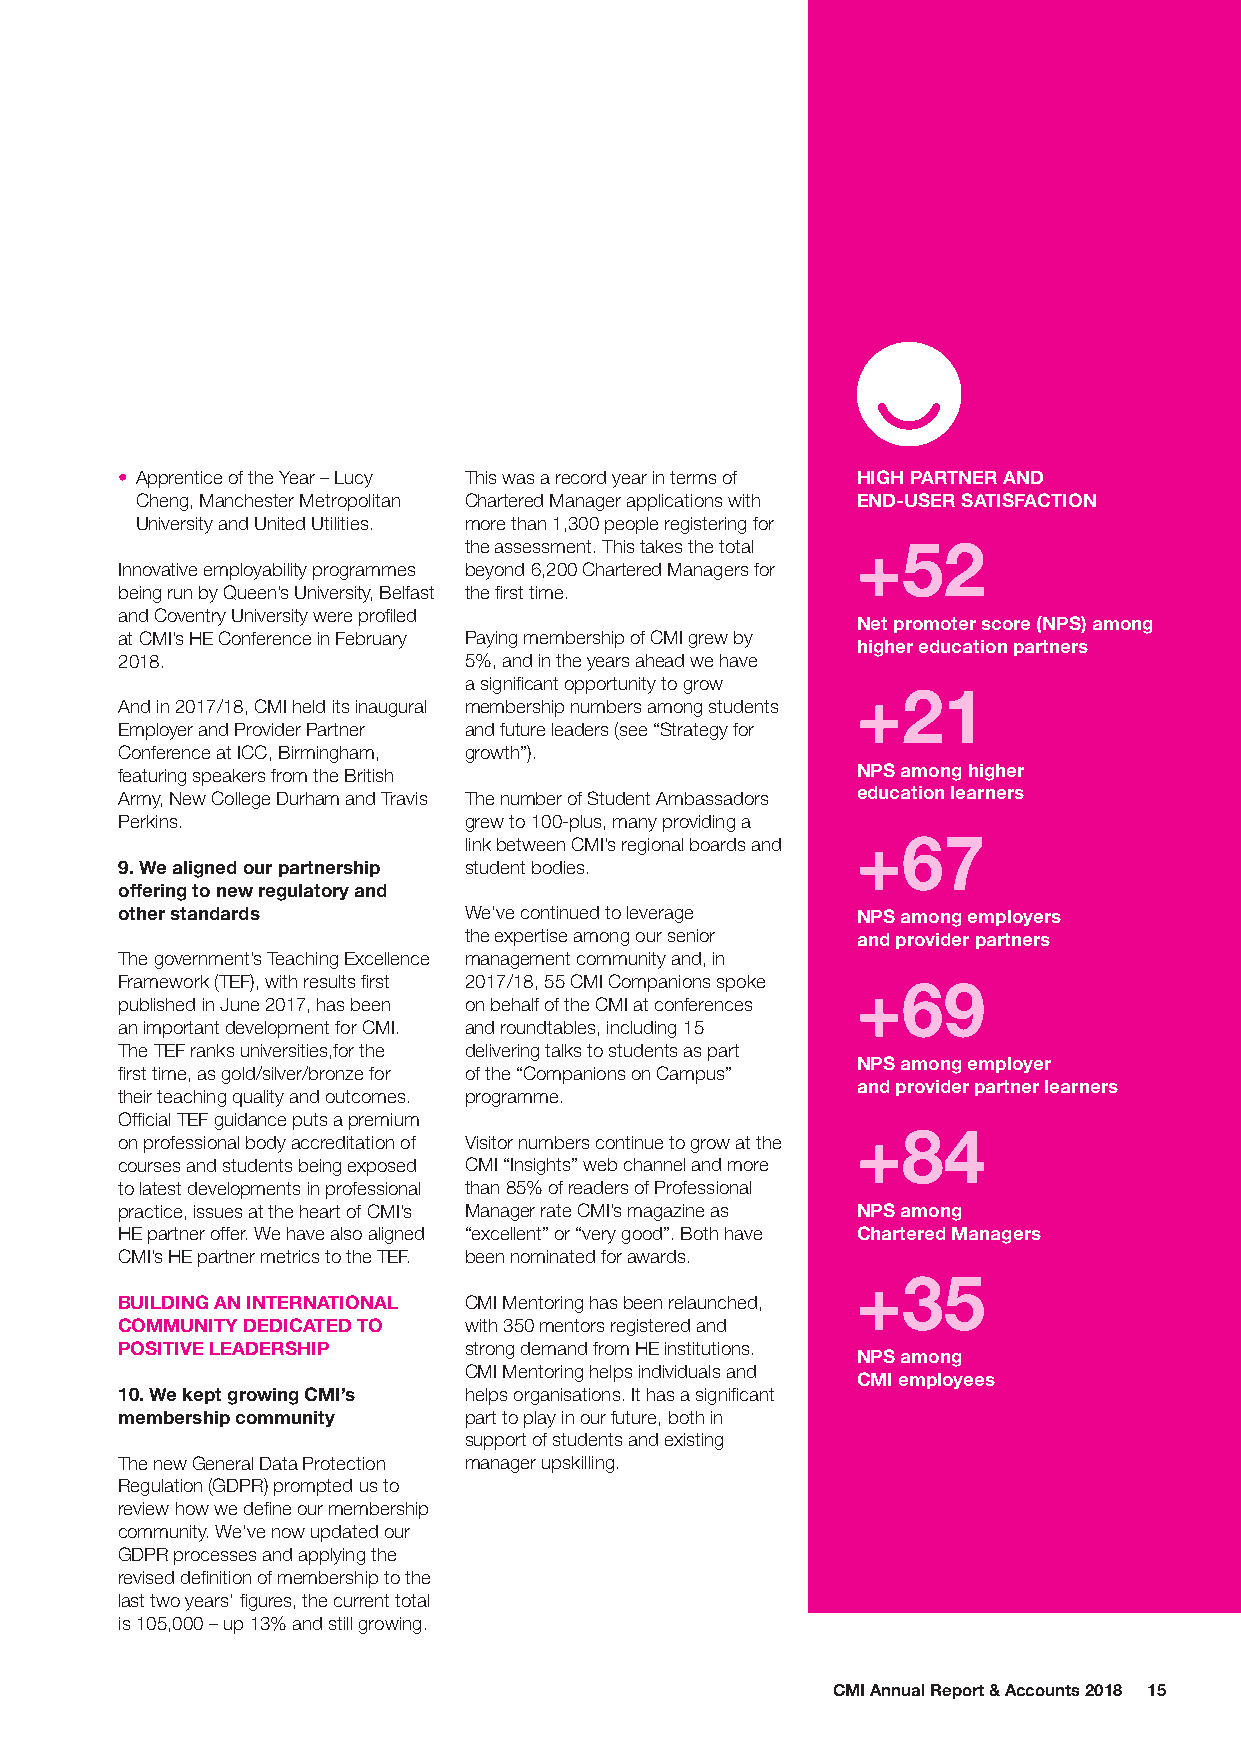
• Apprentice of the Year – Lucy This was a record year in terms of HIGH PARTNER AND
 Cheng, Manchester Metropolitan Chartered Manager applications with END-USER SATISFACTION
 University and United Utilities. more than 1,300 people registering for
 the assessment. This takes the total +52
 Innovative employability programmes beyond 6,200 Chartered Managers for
 being run by Queen’s University, Belfast the first time.
 and Coventry University were profiled
 Net promoter score (NPS) among
 at CMI’s HE Conference in February Paying membership of CMI grew by
 higher education partners
 2018.                  5%, and in the years ahead we have
 a significant opportunity to grow
 +21
 And in 2017/18, CMI held its inaugural membership numbers among students
 Employer and Provider Partner and future leaders (see “Strategy for
 Conference at ICC, Birmingham, growth”).
 featuring speakers from the British              NPS among higher
 Army, New College Durham and Travis The number of Student Ambassadors education learners
 Perkins.               grew to 100-plus, many providing a
 link between CMI’s regional boards and +67
 9. We aligned our partnership student bodies.
 offering to new regulatory and
 other standards        We’ve continued to leverage NPS among employers
 the expertise among our senior and provider partners
 The government’s Teaching Excellence management community and, in
 Framework (TEF), with results first 2017/18, 55 CMI Companions spoke +69
 published in June 2017, has been on behalf of the CMI at conferences
 an important development for CMI. and roundtables, including 15
 The TEF ranks universities,for the delivering talks to students as part
 NPS among employer
 first time, as gold/silver/bronze for of the “Companions on Campus”
 and provider partner learners
 their teaching quality and outcomes. programme.
 Official TEF guidance puts a premium
 +84
 on professional body accreditation of Visitor numbers continue to grow at the
 courses and students being exposed CMI “Insights” web channel and more
 to latest developments in professional than 85% of readers of Professional
 practice, issues at the heart of CMI’s Manager rate CMI’s magazine as NPS among
 HE partner offer. We have also aligned “excellent” or “very good”. Both have Chartered Managers
 CMI’s HE partner metrics to the TEF. been nominated for awards.
 +35
 BUILDING AN INTERNATIONAL CMI Mentoring has been relaunched,
 COMMUNITY DEDICATED TO with 350 mentors registered and
 POSITIVE LEADERSHIP    strong demand from HE institutions.
 NPS among
 CMI Mentoring helps individuals and
 CMI employees
 10. We kept growing CMI’s helps organisations. It has a significant
 membership community   part to play in our future, both in
 support of students and existing
 The new General Data Protection manager upskilling.
 Regulation (GDPR) prompted us to
 review how we define our membership
 community. We’ve now updated our
 GDPR processes and applying the
 revised definition of membership to the
 last two years’ figures, the current total
 is 105,000 – up 13% and still growing.
 CMI Annual Report & Accounts 2018 15